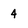
Character: 4